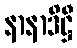
နာနာဒိဋ္ဌီ